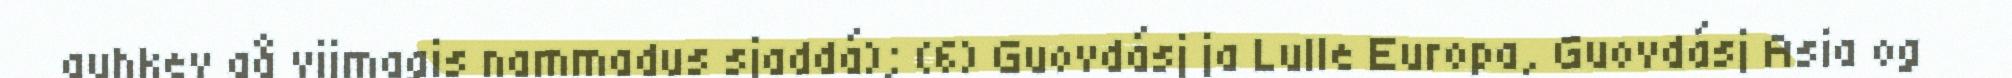
guhkev gå vijmagis nammadus sjaddá); (6) Guovdásj ja Lulle Europa, Guovdásj Asia og